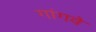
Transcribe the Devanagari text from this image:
गांगवे